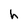
Character: h